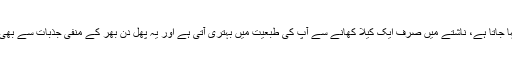
کیلے کو خوشی کا پھل کہا جاتا ہے، ناشتے میں صرف ایک کیلا کھانے سے آپ کی طبعیت میں بہتری آتی ہے اور یہ پھل دن بھر کے منفی جذبات سے بھی آپ کو بچائے رکھتا ہے۔